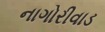
નાગોરીવાડ